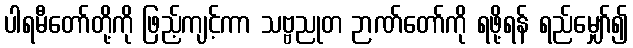
ပါရမီတော်တို့ကို ဖြည့်ကျင့်ကာ သဗ္ဗညုတ ဉာဏ်တော်ကို ရဖို့ရန် ရည်မျှော်၍